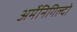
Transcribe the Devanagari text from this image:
अर्मेनिगिल्दो